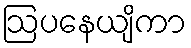
ဩပနေယျိကာ